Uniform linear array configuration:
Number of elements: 24
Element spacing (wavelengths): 1
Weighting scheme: hann
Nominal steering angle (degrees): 60
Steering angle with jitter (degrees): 59.302
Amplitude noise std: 0.05
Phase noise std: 0.05

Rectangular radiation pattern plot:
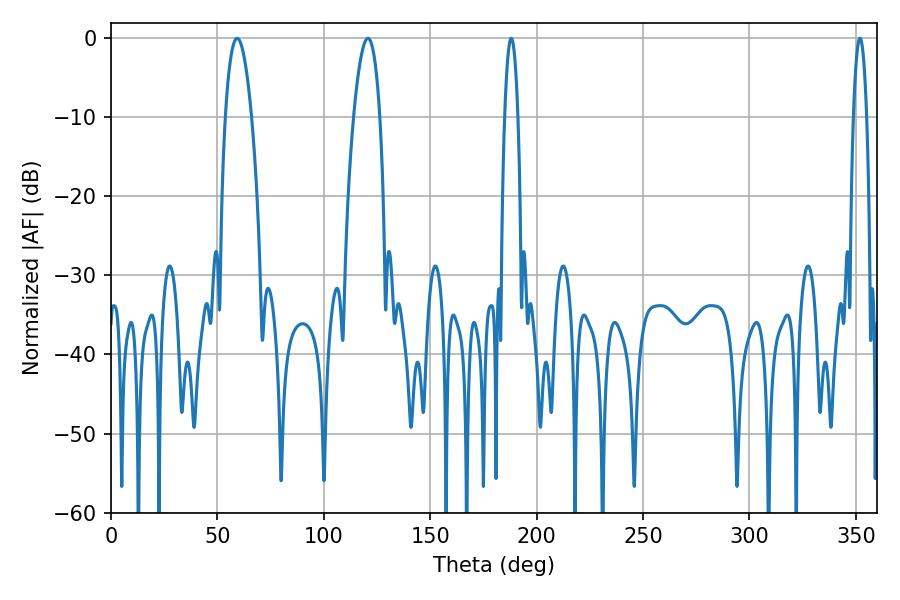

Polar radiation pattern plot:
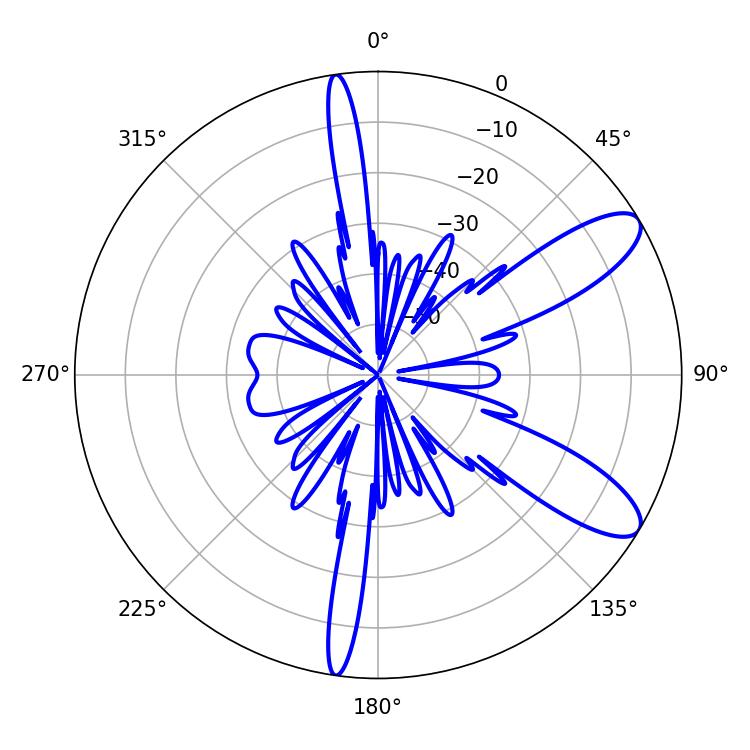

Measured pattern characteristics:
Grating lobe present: TRUE
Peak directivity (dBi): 9.955
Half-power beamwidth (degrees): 6.84
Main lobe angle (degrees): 120.78